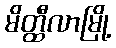
မိတ္ထီလာမြို့